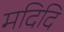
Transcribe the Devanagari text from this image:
मदिदि